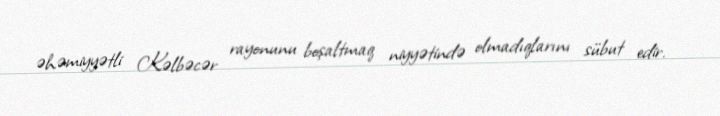
əhəmiyyətli Kəlbəcər rayonunu boşaltmaq niyyətində olmadıqlarını sübut edir.